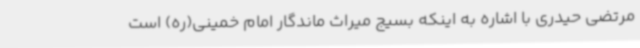
مرتضی حیدری با اشاره به اینکه بسیج میراث ماندگار امام خمینی(ره) است